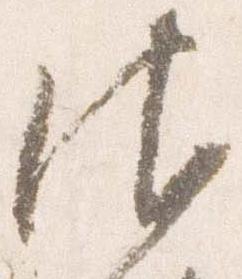
御